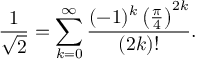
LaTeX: { \frac { 1 } { \sqrt { 2 } } } = \sum _ { k = 0 } ^ { \infty } { \frac { ( - 1 ) ^ { k } \left( { \frac { \pi } { 4 } } \right) ^ { 2 k } } { ( 2 k ) ! } } .